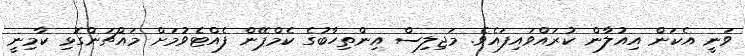
ވަނީ އެކަން އިއުލާން ކުރައްވައިފައެވެ. މަޖިލިސް އިންތިހާބުގެ ކެމްޕޭން ފެއްޓެވުމަށް މައްޗަންގޮޅި ކާމިނީ